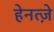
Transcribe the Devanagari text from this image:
हेनत्ज़े